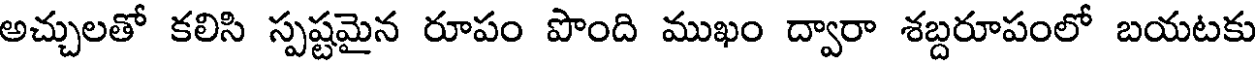
అచ్చులతో కలిసి స్పష్టమైన రూపం పొంది ముఖం ద్వారా శబ్దరూపంలో బయటకు